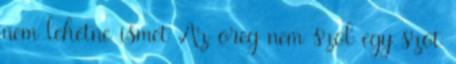
nem lehetne ismet Az oreg nem szol egy szot